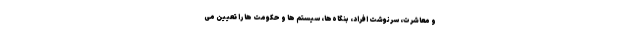
و معاشرت، سرنوشت افراد، بنگاه‌­ها، سیستم ها و حکومت ها را تعیین می